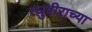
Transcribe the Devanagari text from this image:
रघुवीराच्या